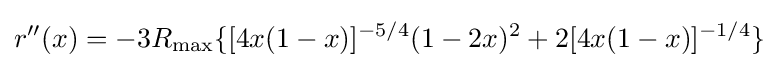
r''(x)=-3R_{\text{max}}\{[4x(1-x)]^{-5/4}(1-2x)^{2}+2[4x(1-x)]^{-1/4}\}